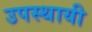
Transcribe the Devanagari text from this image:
उपस्‍थायी